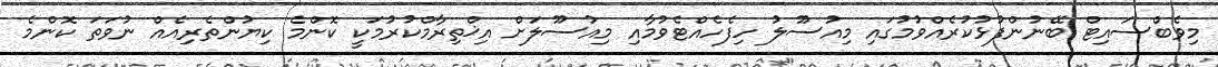
މިވެބްސައިޓް ބޭނުންފުޅުކުރެއްވުމުގައި މިއުސޫލު ހިފެހެއްޓެވުމާއި މިއުސޫލަށް އިޚްތިރާމްކުރުމަކީ ކޮންމެ ކިޔުންތެރިއެއް ނުވަތަ ކޮންމެ